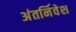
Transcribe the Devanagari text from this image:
अंतर्निवेश